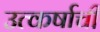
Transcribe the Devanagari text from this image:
उत्कर्षाची